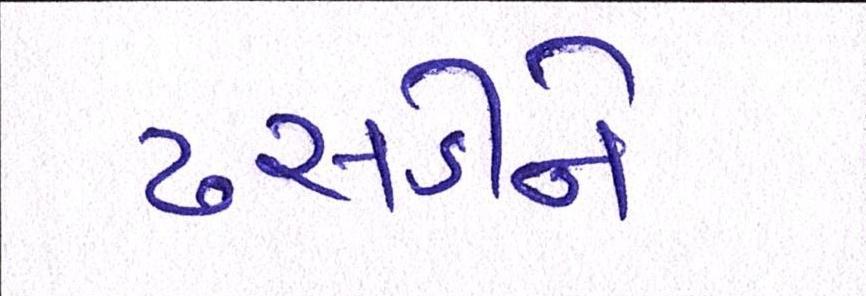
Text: ઢસડીને